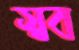
স্বব